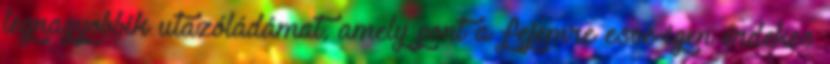
legnagyobbik utazóládámat, amely pont a fejemre esve igen érdekes